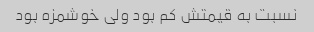
نسبت به قیمتش کم بود ولی خوشمزه بود